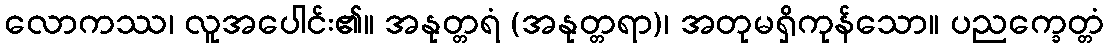
လောကဿ၊ လူအပေါင်း၏။ အနုတ္တရံ (အနုတ္တရာ)၊ အတုမရှိကုန်သော။ ပညက္ခေတ္တံ